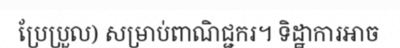
ប្រែប្រួល) សម្រាប់ពាណិជ្ជករ។ ទិដ្ឋាការអាច